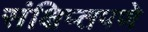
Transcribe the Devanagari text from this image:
संक्षिप्‍तपणे